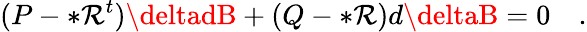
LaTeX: (P-*\mathcal{R}^{t})\deltadB+(Q-*\mathcal{R})d\deltaB=0\quad.